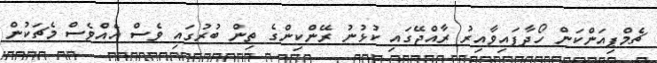
ޗެމްޕިއަންކަން ހޯދާފައިވާއިރު ރާއްޖޭގައި ކުޅުނު ރޭންކިންގެ ތިން ބުރުގައި ވެސް އެއްވެސް މެޗަކުން